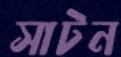
সাটন